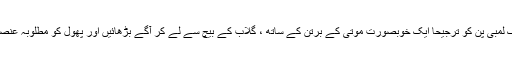
اس کے بعد ایک لمبی پن کو ترجیحا ایک خوبصورت موتی کے برتن کے ساتھ ، گلاب کے بیچ سے لے کر آگے بڑھائیں اور پھول کو مطلوبہ عنصر پر پین کریں۔